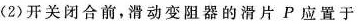
(2)开关闭合前，滑动变阻器的滑片P应置于